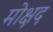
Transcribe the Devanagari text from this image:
मोक्षद